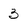
Character: 3